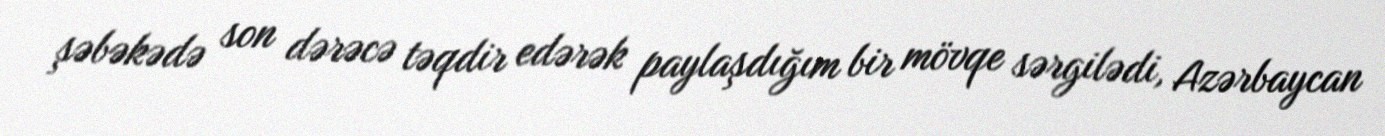
şəbəkədə son dərəcə təqdir edərək paylaşdığım bir mövqe sərgilədi, Azərbaycan